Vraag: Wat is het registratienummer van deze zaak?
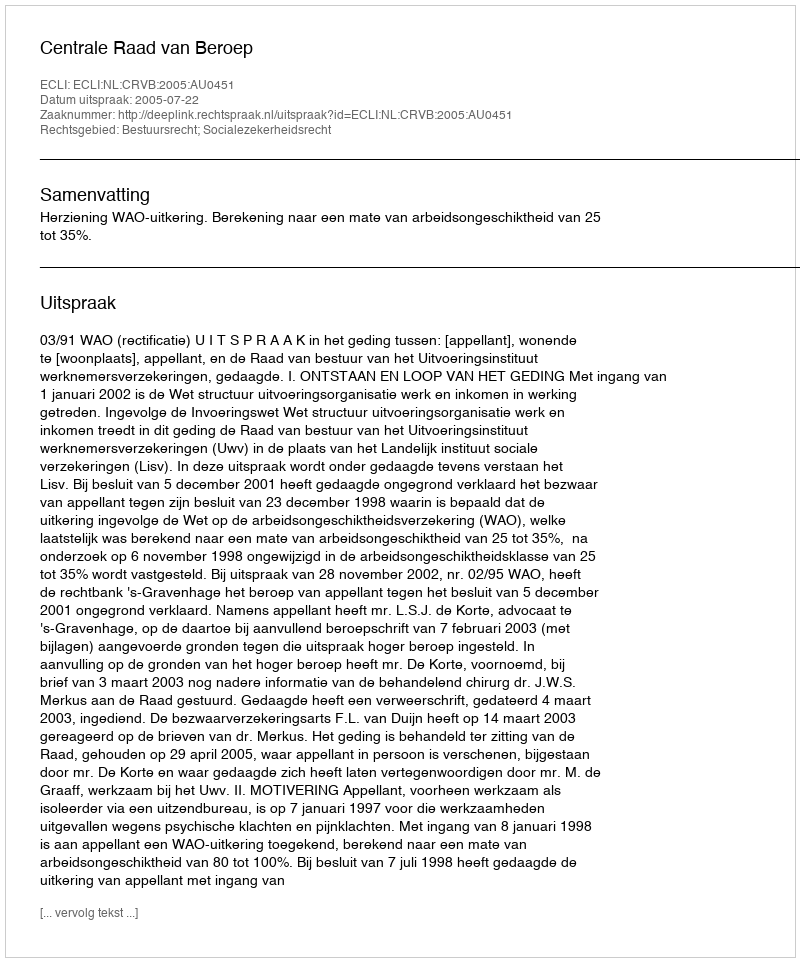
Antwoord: http://deeplink.rechtspraak.nl/uitspraak?id=ECLI:NL:CRVB:2005:AU0451